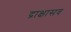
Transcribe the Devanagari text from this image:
द्राक्षासव